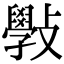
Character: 斅